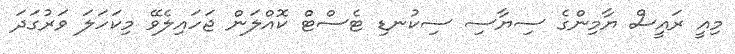
މިއީ ރައީސް ޔާމިންގެ ސިޔާސި ސިކުނޑި ޓެސްޓް ކޮއްލަން ޖަހައިލެވޭ މިކަހަލަ ވަރުގަދަ